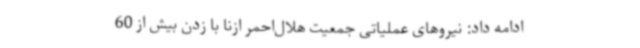
ادامه داد: نیروهای عملیاتی جمعیت هلال‌احمر ازنا با زدن بیش از 60